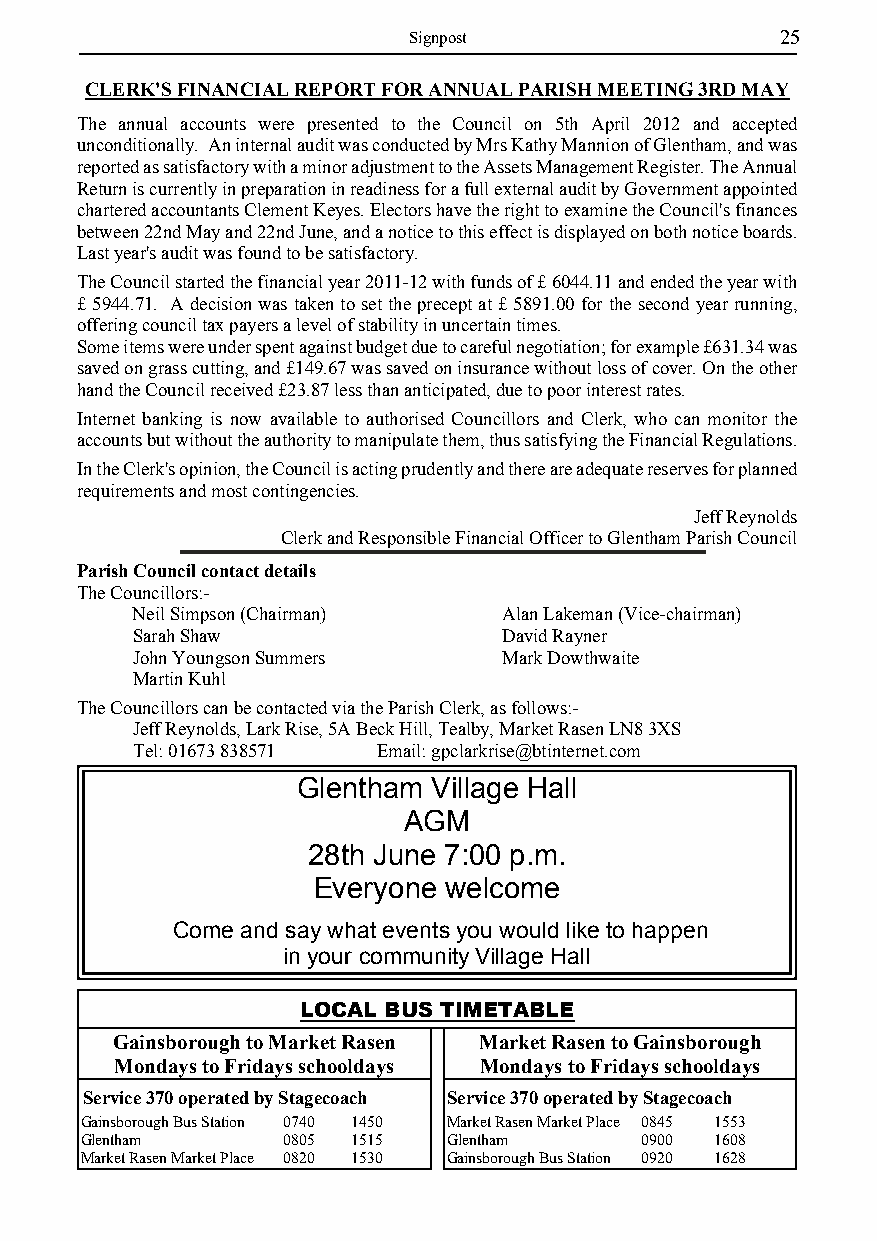
Signpost                 25
 CLERK'S FINANCIAL REPORT FOR ANNUAL PARISH MEETING 3RD MAY
 The annual accounts were presented to the Council on 5th April 2012 and accepted
 unconditionally. An internal audit was conducted by Mrs Kathy Mannion of Glentham, and was
 reported as satisfactory with a minor adjustment to the Assets Management Register. The Annual
 Return is currently in preparation in readiness for a full external audit by Government appointed
 chartered accountants Clement Keyes. Electors have the right to examine the Council's finances
 between 22nd May and 22nd June, and a notice to this effect is displayed on both notice boards.
 Last year's audit was found to be satisfactory.
 The Council started the financial year 2011-12 with funds of £ 6044.11 and ended the year with
 £ 5944.71. A decision was taken to set the precept at £ 5891.00 for the second year running,
 offering council tax payers a level of stability in uncertain times.
 Some items were under spent against budget due to careful negotiation; for example £631.34 was
 saved on grass cutting, and £149.67 was saved on insurance without loss of cover. On the other
 hand the Council received £23.87 less than anticipated, due to poor interest rates.
 Internet banking is now available to authorised Councillors and Clerk, who can monitor the
 accounts but without the authority to manipulate them, thus satisfying the Financial Regulations.
 In the Clerk's opinion, the Council is acting prudently and there are adequate reserves for planned
 requirements and most contingencies.
 Jeff Reynolds
 Clerk and Responsible Financial Officer to Glentham Parish Council
 Parish Council contact details
 The Councillors:-
 Neil Simpson (Chairman) Alan Lakeman (Vice-chairman)
 Sarah Shaw              David Rayner
 John Youngson Summers   Mark Dowthwaite
 Martin Kuhl
 The Councillors can be contacted via the Parish Clerk, as follows:-
 Jeff Reynolds, Lark Rise, 5A Beck Hill, Tealby, Market Rasen LN8 3XS
 Tel: 01673 838571 Email: gpclarkrise@btinternet.com
 Glentham Village Hall
 AGM
 28th June 7:00 p.m.
 Everyone welcome
 Come and say what events you would like to happen
 in your community Village Hall
 LOCAL BUS TIMETABLE
 Gainsborough to Market Rasen Market Rasen to Gainsborough
 Mondays to Fridays schooldays Mondays to Fridays schooldays
 Service 370 operated by Stagecoach Service 370 operated by Stagecoach
 Gainsborough Bus Station 0740 1450 Market Rasen Market Place 0845 1553
 Glentham      0805 1515  Glentham    0900 1608
 Market Rasen Market Place 0820 1530 Gainsborough Bus Station 0920 1628